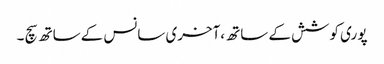
پو ری کوشش کے ساتھ ،آخری سانس کے ساتھ سچ ۔